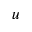
\boldsymbol u